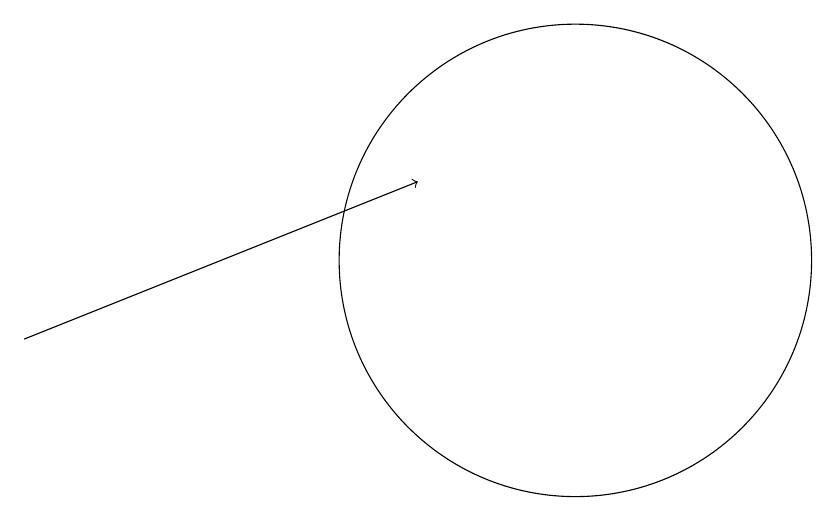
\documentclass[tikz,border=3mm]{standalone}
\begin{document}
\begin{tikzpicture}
\draw[->] (4,10) -- (9,12);
\draw (11,11) circle (3);
\draw (11,11) circle (0);
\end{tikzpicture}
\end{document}